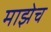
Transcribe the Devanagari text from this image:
माझेच